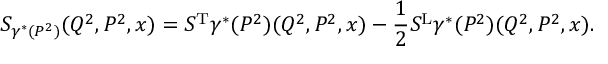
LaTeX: S _ { \gamma ^ { * } ( P ^ { 2 } ) } ( Q ^ { 2 } , P ^ { 2 } , x ) = S ^ { \mathrm { T } } { \gamma ^ { * } ( P ^ { 2 } ) } ( Q ^ { 2 } , P ^ { 2 } , x ) - { \frac { 1 } { 2 } } S ^ { \mathrm { L } } { \gamma ^ { * } ( P ^ { 2 } ) } ( Q ^ { 2 } , P ^ { 2 } , x ) .